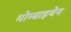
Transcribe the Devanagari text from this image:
मोम्बाइयेन